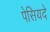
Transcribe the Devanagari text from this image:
पेसियदे